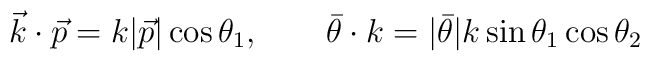
\vec{k}\cdot\vec{p} = k|\vec{p}|\cos\theta_{1},\qquad\bar{\theta}\cdot k = |\bar{\theta}|k\sin\theta_{1}\cos\theta_{2}